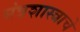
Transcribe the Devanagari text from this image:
मंत्रशास्त्राचे